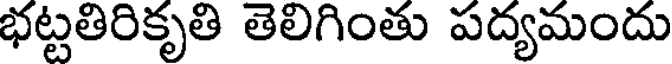
భట్టతిరికృతి తెలిగింతు పద్యమందు